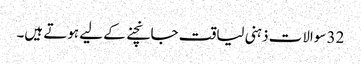
32 سوالات ذہنی لیاقت جانچنے کے لیے ہوتے ہیں۔